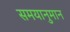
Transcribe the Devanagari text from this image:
समयानुमान